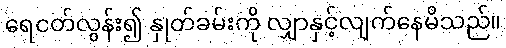
ရေငတ်လွန်း၍ နှုတ်ခမ်းကို လျှာနှင့်လျက်နေမိသည်။